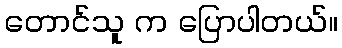
တောင်သူ က ပြောပါတယ်။